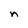
Character: n